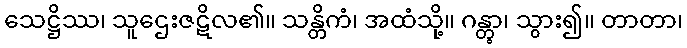
သေဋ္ဌိဿ၊ သူဌေးဇဋိလ၏။ သန္တိကံ၊ အထံသို့။ ဂန္တွာ၊ သွား၍။ တာတာ၊